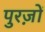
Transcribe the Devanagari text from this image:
पुरज़ों